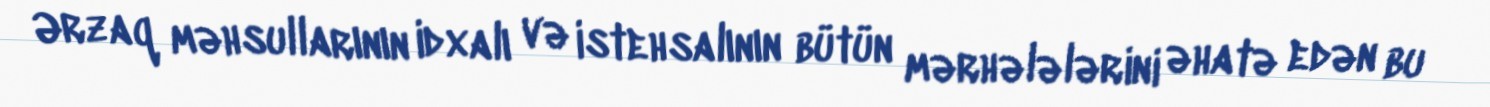
Ərzaq məhsullarının idxalı və istehsalının bütün mərhələlərini əhatə edən bu